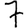
Digit: 7